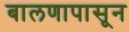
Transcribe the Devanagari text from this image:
बालणापासून